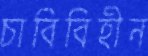
চাবিবিহীন